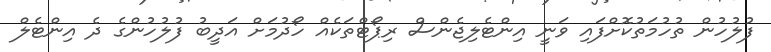
ފުލުހުން ތުހުމަތުކޮށްފައި ވަނީ އިންޓެލިޖެންސް ރިޕޯޓްތަކެއް ހޯދުމަށް އަދީބު ފުލުހުންގެ ދެ އިންޓެލް